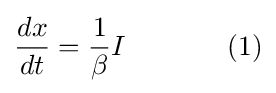
{\frac {dx}{dt}}={\frac {1}{\beta }}I\ \ \ \ \ \ \ \ \ \ \ (1)